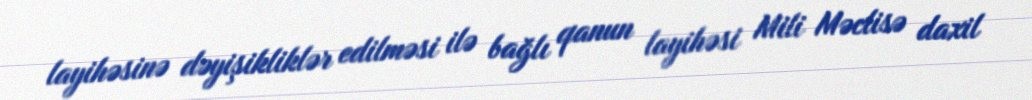
layihəsinə dəyişikliklər edilməsi ilə bağlı qanun layihəsi Mili Məclisə daxil